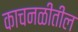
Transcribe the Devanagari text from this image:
काचनळीतील